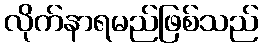
လိုက်နာရမည်ဖြစ်သည်